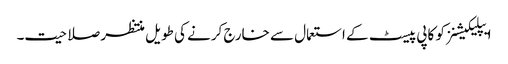
ایپلیکیشنز کو کاپی پیسٹ کے استعمال سے خارج کرنے کی طویل منتظر صلاحیت۔